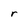
Character: r